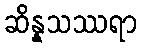
ဆိန္နသဿရာ